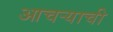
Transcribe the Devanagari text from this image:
आचऱ्याची